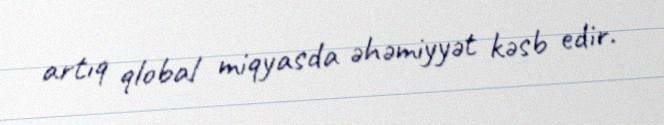
artıq qlobal miqyasda əhəmiyyət kəsb edir.